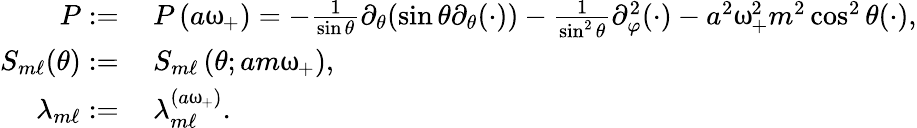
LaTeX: \begin{array}{rl}{P:=}&{\: P\left(a\upomega_{+}\right)=-\frac{1}{\sin\theta}\partial_{\theta}(\sin\theta\partial_{\theta}(\cdot))-\frac{1}{\sin^{2}\theta}\partial_{\varphi}^{2}(\cdot)-a^{2}\upomega_{+}^{2}m^{2}\cos^{2}\theta(\cdot),}\\ {S_{m\ell}(\theta):=}&{\: S_{m\ell}\left(\theta;am\upomega_{+}\right),}\\ {\lambda_{m\ell}:=}&{\: \lambda_{m\ell}^{\left(a\upomega_{+}\right)}.}\end{array}